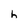
Character: h